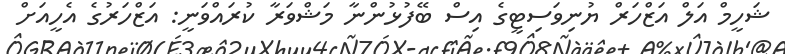
ޝަހީމް އަލް އަޒްހަރް ޔުނިވަސިޓީގެ އިސް ބޭފުޅުންނާ މަޝްވަރާ ކުރައްވަނީ: އަޒްހަރުގެ އެހީއަށް